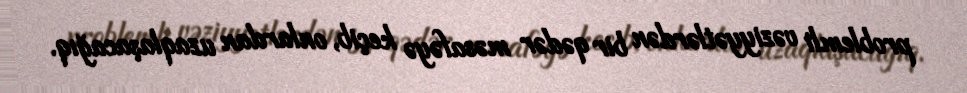
problemli vəziyyətlərdən bir qədər məsafəyə keçib, onlardan uzaqlaşacağıq.